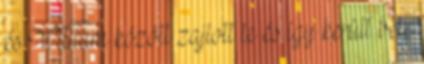
és William között zajlott le és így került bele